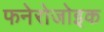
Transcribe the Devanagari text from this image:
फनेरोजोइक